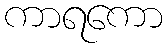
ကာရကော